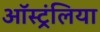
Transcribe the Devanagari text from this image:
ऑस्ट्रंलिया